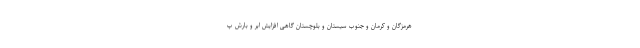
هرمزگان و کرمان و جنوب سیستان و بلوچستان گاهی افزایش ابر و بارش پ